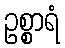
ဥစ္စာရံ